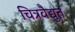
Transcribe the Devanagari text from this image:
चित्रवैद्युत